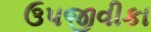
ઉપજીવીકા